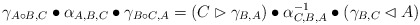
\begin{align*} \gamma_{A\circ B,C} \bullet \alpha_{A,B,C}\bullet \gamma_{B\circ C,A}= (C \rhd \gamma_{B,A}) \bullet \alpha^{-1}_{C,B,A}\bullet (\gamma_{B,C} \lhd A)\end{align*}